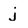
Character: j